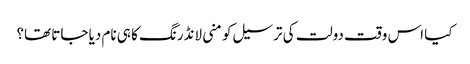
کیا اس وقت دولت کی ترسیل کو منی لانڈرنگ کا ہی نام دیا جاتا تھا؟